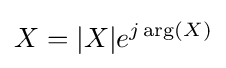
X=|X|e^{j\arg(X)}